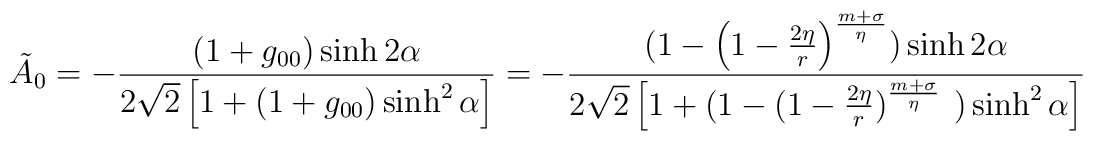
\tilde A_{0} = - \frac{(1+g_{00})\sinh 2\alpha}{2\sqrt{2}\left [ 1+ (1+g_{00})\sinh^{2} \alpha\right ] } = -\frac{(1 - \left ( 1-\frac{2\eta}{r} \right )^{\frac{m+\sigma}{\eta}}) \sinh 2\alpha}{2\sqrt{2}\left [ 1+ (1- (1-\frac{2\eta}{r})^{\frac{m+\sigma}{\eta}} \right .\left .)\sinh^{2} \alpha \right ] }